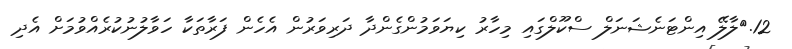
12.	ލާލޭ އިންޓަނެޝަނަލް ސްކޫލްގައި މިހާރު ކިޔަވަމުންގެންދާ ދަރިވަރުން އެހެން ފަރާތަކާ ހަވާލުނުކުރެއްވުމަށް އެދި